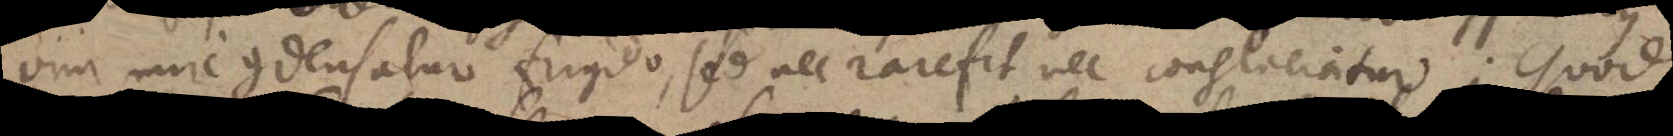
vini mire condensatur frigido, sed nec rarefit, nec conglaciatur. Quod